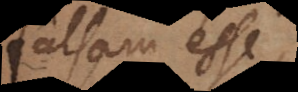
falsam ess